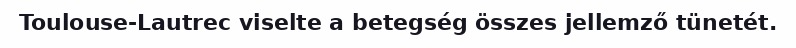
Toulouse-Lautrec viselte a betegség összes jellemző tünetét.